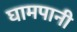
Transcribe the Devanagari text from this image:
घामपानी